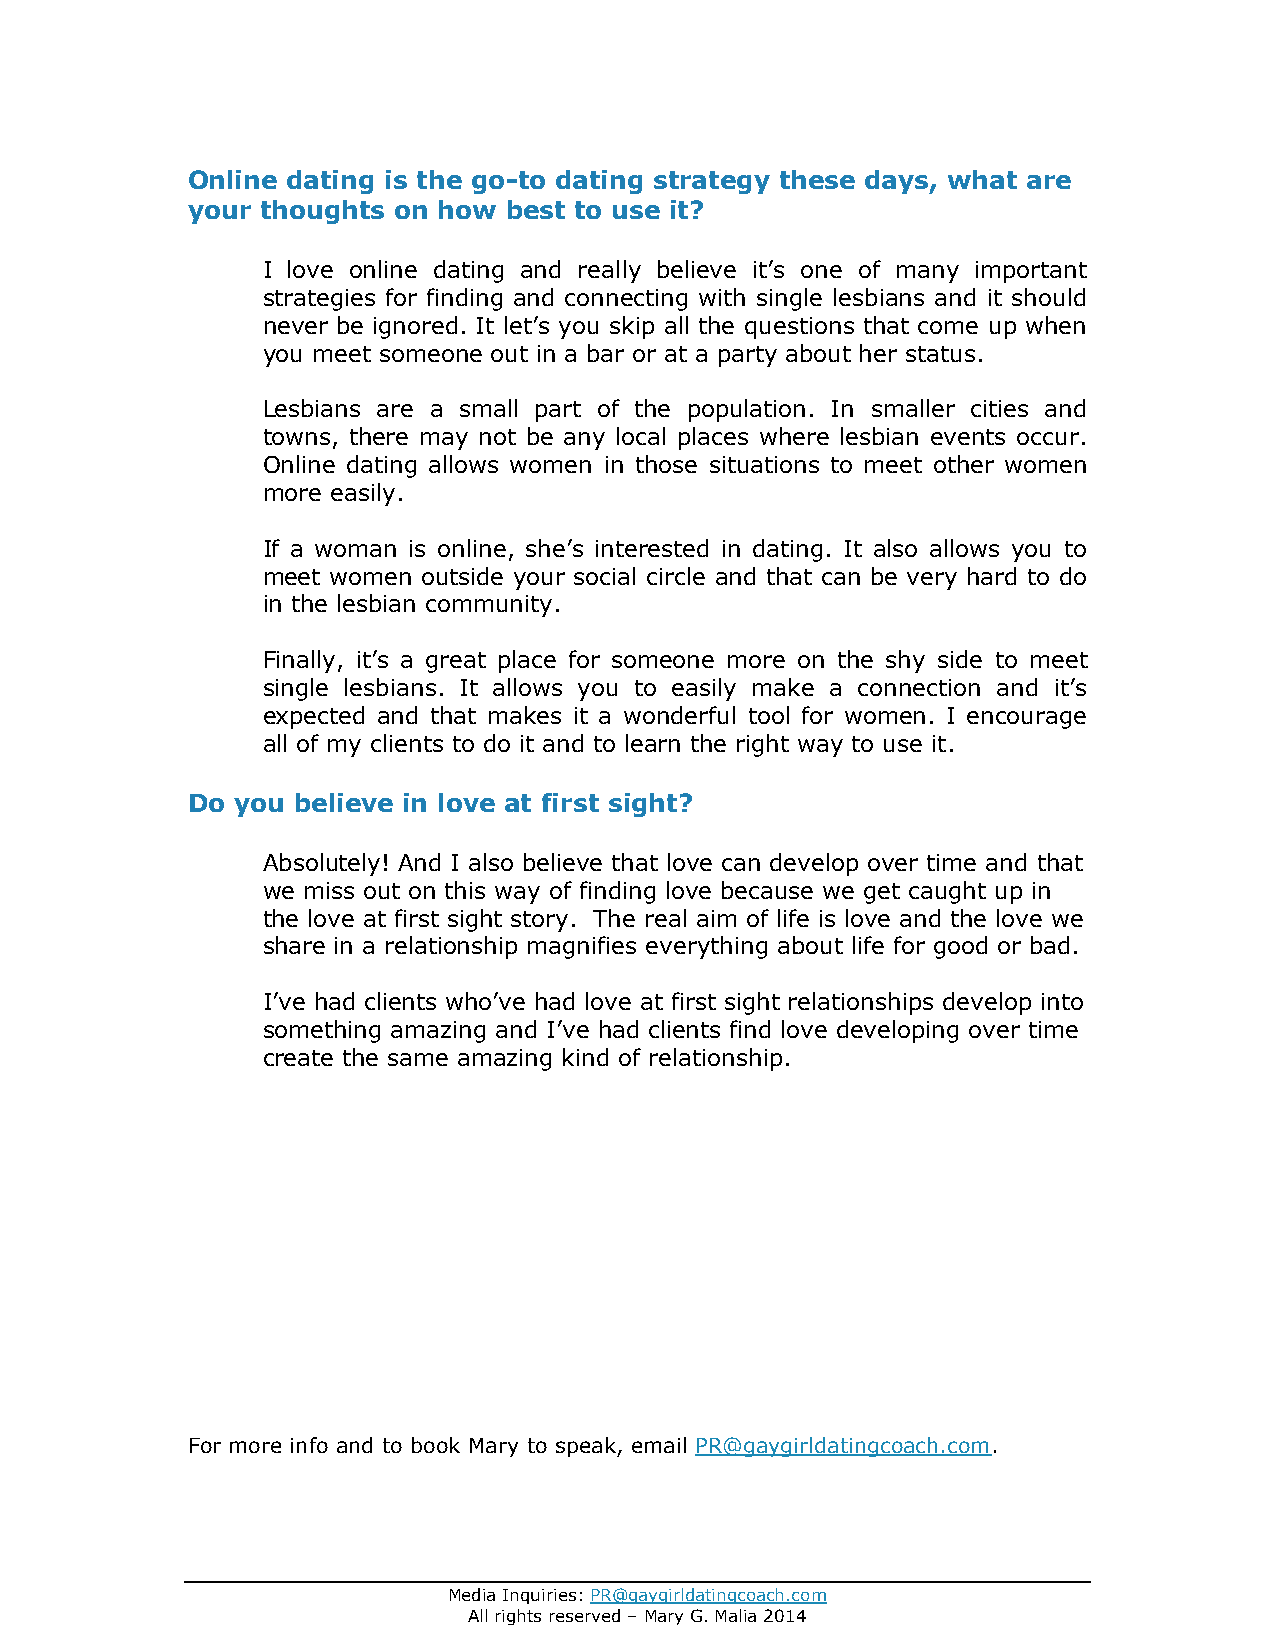
Online dating is the go-to dating strategy these days, what are
 your thoughts on how best to use it?
 I love online dating and really believe it’s one of many important
 strategies for finding and connecting with single lesbians and it should
 never be ignored. It let’s you skip all the questions that come up when
 you meet someone out in a bar or at a party about her status.
 Lesbians are a small part of the population. In smaller cities and
 towns, there may not be any local places where lesbian events occur.
 Online dating allows women in those situations to meet other women
 more easily.
 If a woman is online, she’s interested in dating. It also allows you to
 meet women outside your social circle and that can be very hard to do
 in the lesbian community.
 Finally, it’s a great place for someone more on the shy side to meet
 single lesbians. It allows you to easily make a connection and it’s
 expected and that makes it a wonderful tool for women. I encourage
 all of my clients to do it and to learn the right way to use it.
 Do you believe in love at first sight?
 Absolutely! And I also believe that love can develop over time and that
 we miss out on this way of finding love because we get caught up in
 the love at first sight story. The real aim of life is love and the love we
 share in a relationship magnifies everything about life for good or bad.
 I’ve had clients who’ve had love at first sight relationships develop into
 something amazing and I’ve had clients find love developing over time
 create the same amazing kind of relationship.
 For more info and to book Mary to speak, email PR@gaygirldatingcoach.com.
 Media Inquiries: PR@gaygirldatingcoach.com
 All rights reserved – Mary G. Malia 2014